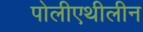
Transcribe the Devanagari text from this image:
पोलीएथीलीन